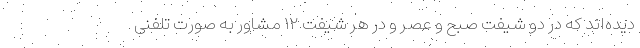
دیده‌اند که در دو شیفت صبح و عصر و در هر شیفت ۱۲ مشاور به صورت تلفنی